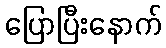
ပြောပြီးနောက်